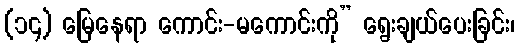
(၁၄) မြေနေရာ ကောင်း-မကောင်းကို” ရွေးချယ်ပေးခြင်း၊